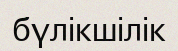
бүлікшілік